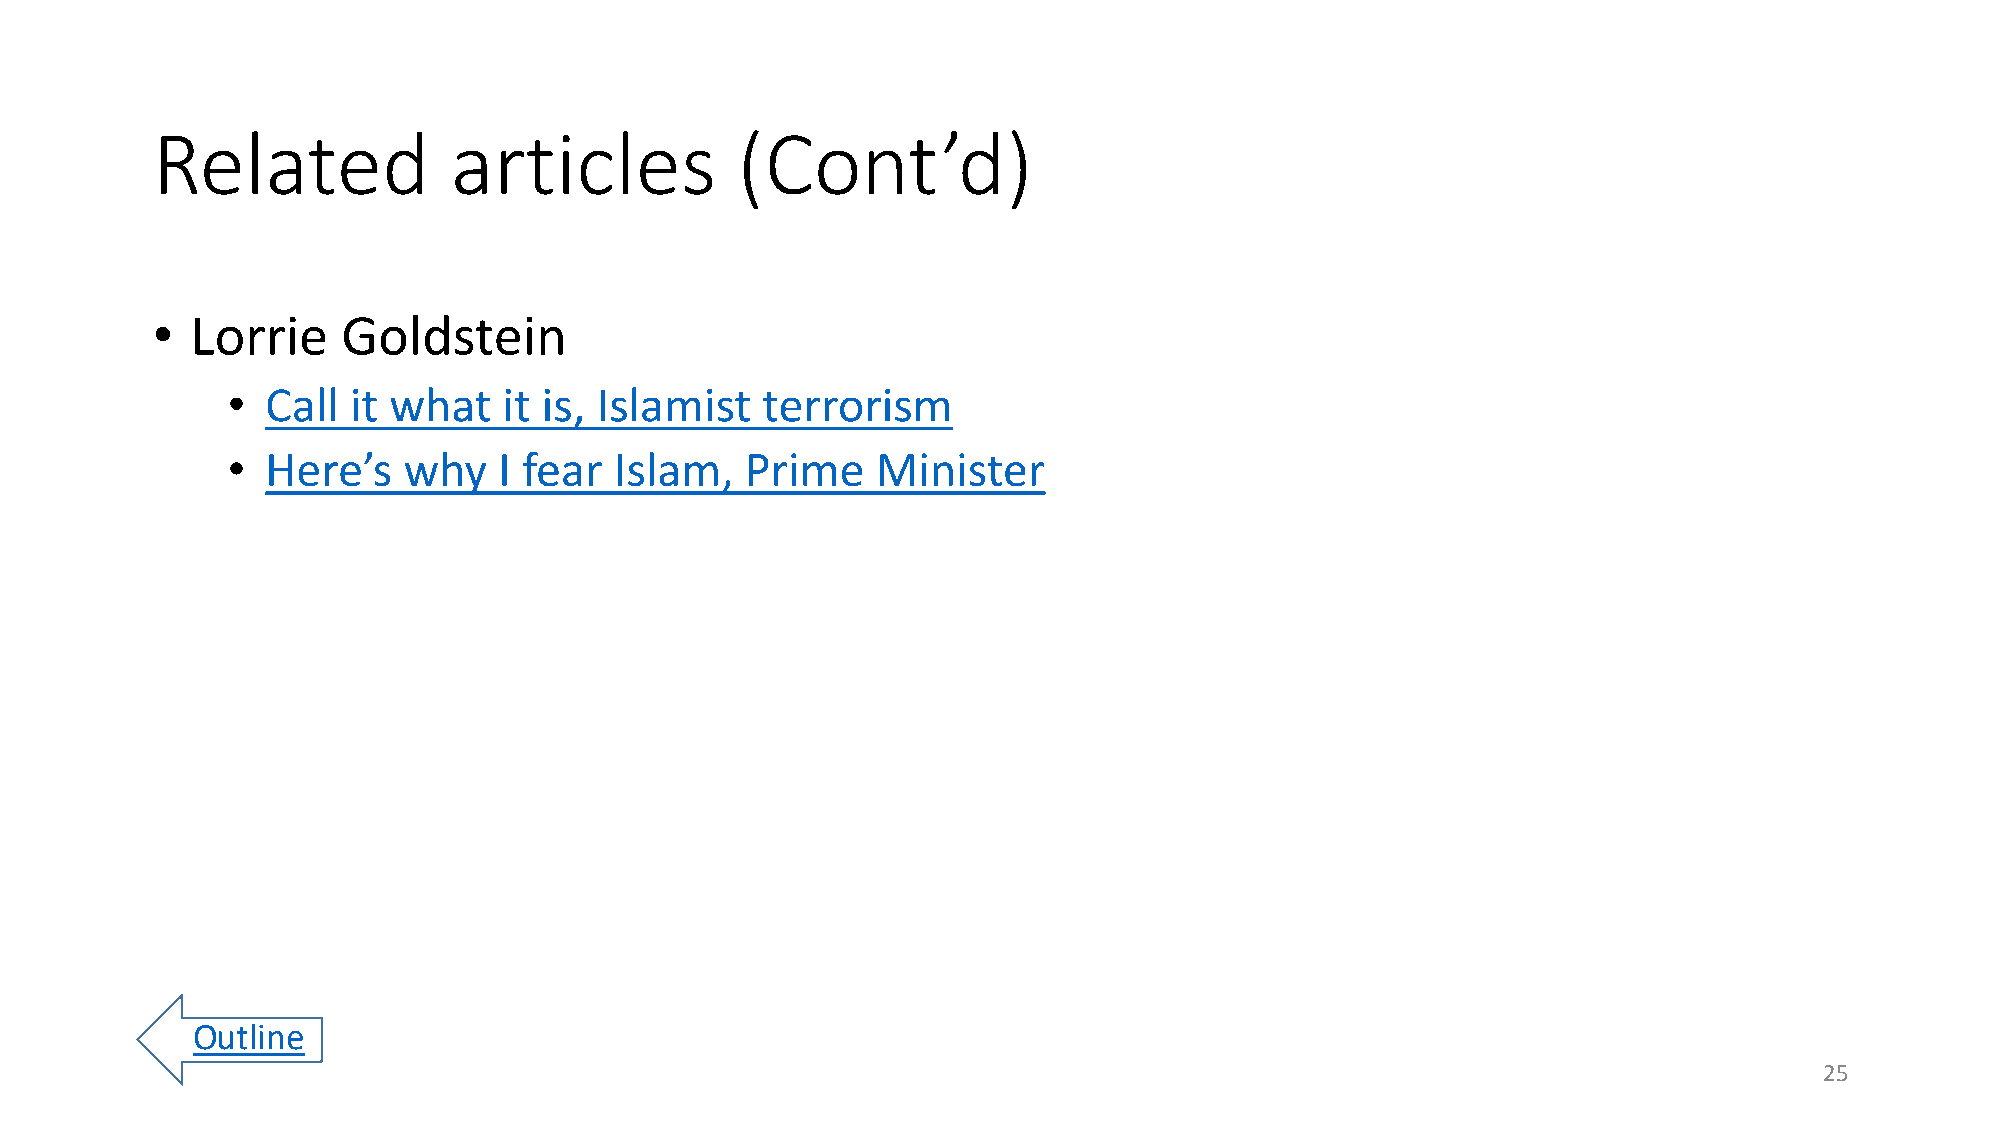
Related             articles           (Cont’d)
 •  Lorrie    Goldstein
 •  Call it what   it is, Islamist  terrorism
 •  Here’s   why   I fear  Islam,  Prime    Minister
 Outline
 25